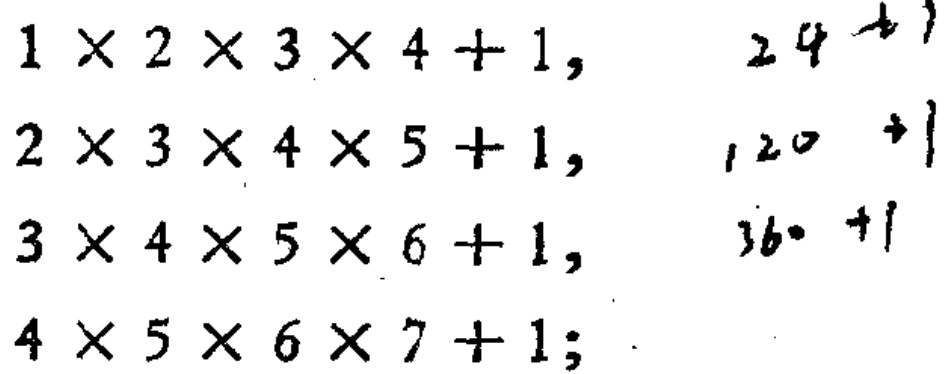
$1\times 2\times 3\times 4 + 1, \\

2\times 3\times 4\times 5 + 1, \\

3\times 4\times 5\times 6 + 1, \\

4\times 5\times 6\times 7 + 1;$